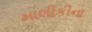
માલીકીના